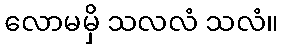
လောမမှိ သလလံ သလံ။